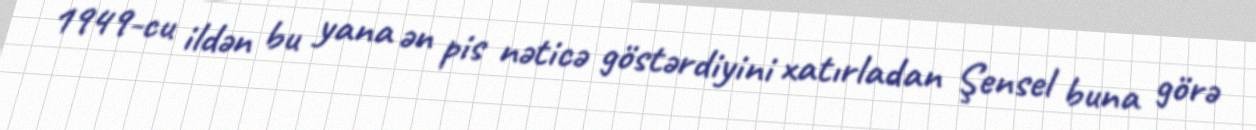
1949-cu ildən bu yana ən pis nəticə göstərdiyini xatırladan Şensel buna görə